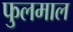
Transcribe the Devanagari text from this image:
फुलमाल